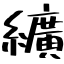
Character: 纊